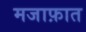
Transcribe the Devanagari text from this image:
मजाफ़ात